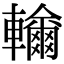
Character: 𨏤